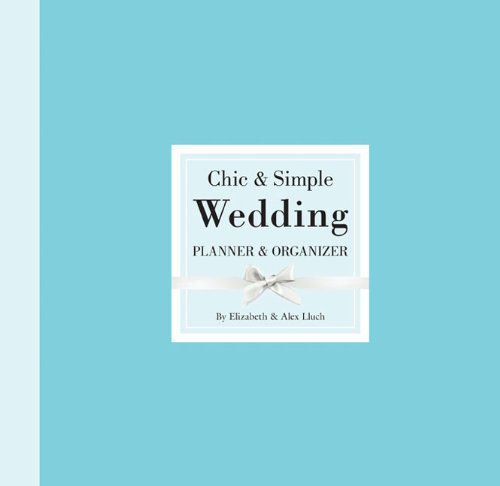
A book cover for Chic & Simple Wedding Planner & Organizer; Alex A. Lluch; Crafts, Hobbies & Home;